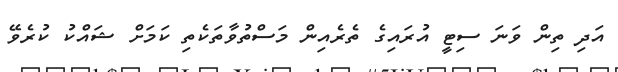
އަދި ތިން ވަނަ ސިޓީ އުރައިގެ ތެރެއިން މަސްތުވާތަކެތި ކަމަށް ޝައްކު ކުރެވޭ